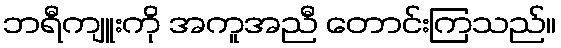
ဘရီကျူးကို အကူအညီ တောင်းကြသည်။